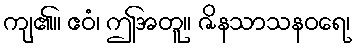
ကျ၏။ ဧဝံ၊ ဤအတူ။ ဇိနသာသနဝရေ၊